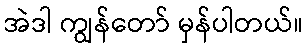
အဲဒါ ကျွန်တော် မှန်ပါတယ်။